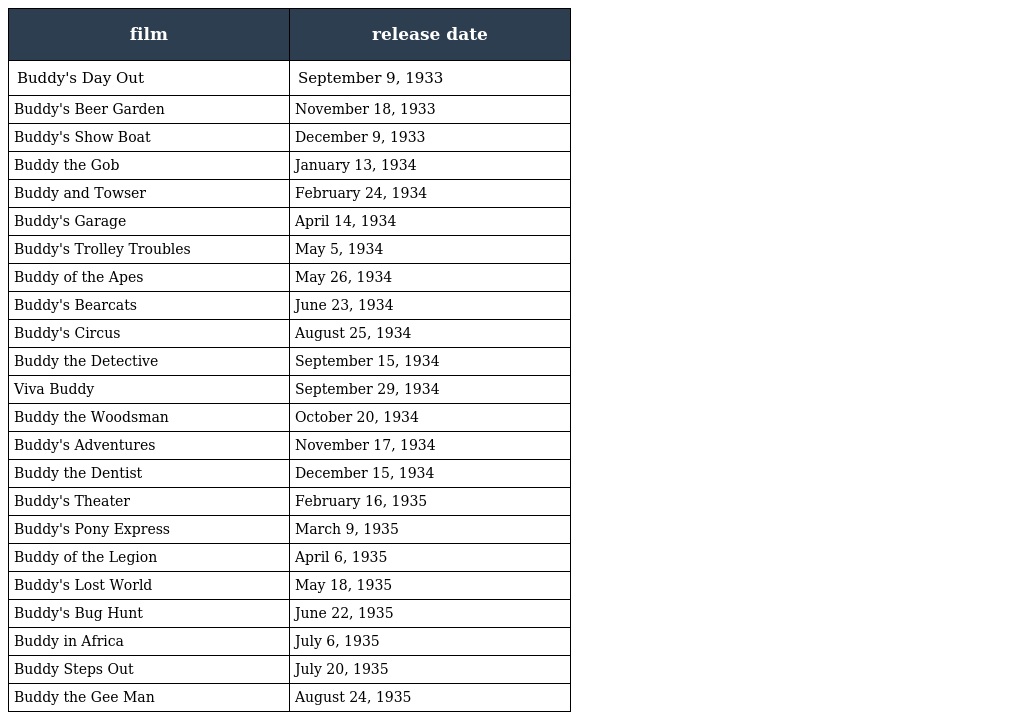
| film | release date |
 | --- | --- |
 | Buddy's Day Out | September 9, 1933 |
 | Buddy's Beer Garden | November 18, 1933 |
 | Buddy's Show Boat | December 9, 1933 |
 | Buddy the Gob | January 13, 1934 |
 | Buddy and Towser | February 24, 1934 |
 | Buddy's Garage | April 14, 1934 |
 | Buddy's Trolley Troubles | May 5, 1934 |
 | Buddy of the Apes | May 26, 1934 |
 | Buddy's Bearcats | June 23, 1934 |
 | Buddy's Circus | August 25, 1934 |
 | Buddy the Detective | September 15, 1934 |
 | Viva Buddy | September 29, 1934 |
 | Buddy the Woodsman | October 20, 1934 |
 | Buddy's Adventures | November 17, 1934 |
 | Buddy the Dentist | December 15, 1934 |
 | Buddy's Theater | February 16, 1935 |
 | Buddy's Pony Express | March 9, 1935 |
 | Buddy of the Legion | April 6, 1935 |
 | Buddy's Lost World | May 18, 1935 |
 | Buddy's Bug Hunt | June 22, 1935 |
 | Buddy in Africa | July 6, 1935 |
 | Buddy Steps Out | July 20, 1935 |
 | Buddy the Gee Man | August 24, 1935 |